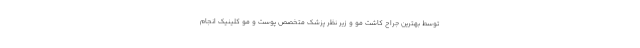
توسط بهترین جراح کاشت مو و زیر نظر پزشک متخصص پوست و مو کلینیک انجام